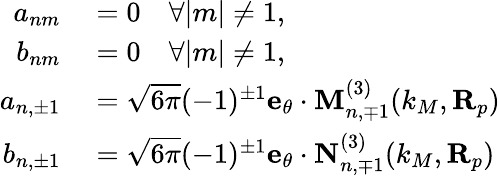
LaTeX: \begin{array}{rl}{a_{nm}}&{{}=0\quad\forall|m|\neq 1,}\\ {b_{nm}}&{{}=0\quad\forall|m|\neq 1,}\\ {a_{n,\pm 1}}&{{}=\sqrt{6\pi}(-1)^{\pm 1}\mathbf{e}_{\theta}\cdot\mathbf{M}_{n,\mp 1}^{(3)}(k_{M},\mathbf{R}_{p})}\\ {b_{n,\pm 1}}&{{}=\sqrt{6\pi}(-1)^{\pm 1}\mathbf{e}_{\theta}\cdot\mathbf{N}_{n,\mp 1}^{(3)}(k_{M},\mathbf{R}_{p})}\end{array}